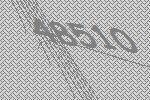
48510